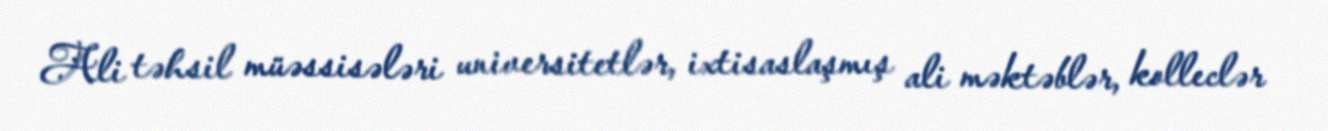
Ali təhsil müəssisələri universitetlər, ixtisaslaşmış ali məktəblər, kolleclər